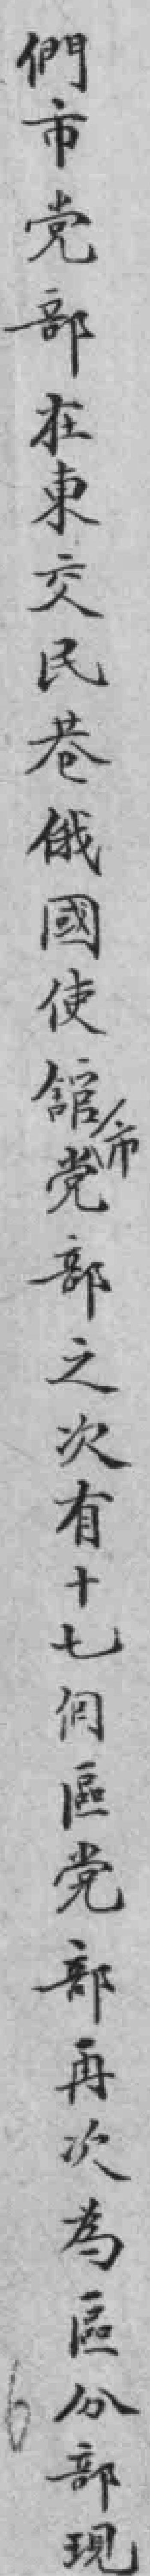
們市党部在東交民巷俄國使舘党部之次有十七個區党部再次為區分部現